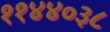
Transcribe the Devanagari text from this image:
११४४०३८